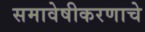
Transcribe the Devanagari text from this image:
समावेषीकरणाचे